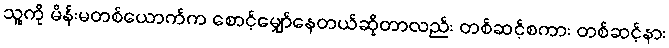
သူ့ကို မိန်းမတစ်ယောက်က စောင့်မျှော်နေတယ်ဆိုတာလည်း တစ်ဆင့်စကား တစ်ဆင့်နား